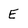
Character: E